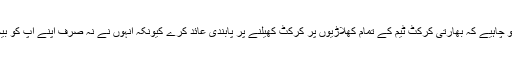
بھارتی اداکار نے کہا کہ حکومت کو چاہیے کہ بھارتی کرکٹ ٹیم کے تمام کھلاڑیوں پر کرکٹ کھیلنے پر پابندی عائد کرے کیونکہ انہوں نے نہ صرف اپنے آپ کو بیچا بلکہ بھارت کا فخر بھی بیچا ہے۔